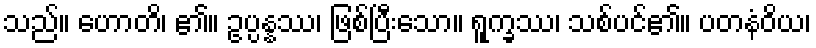
သည်။ ဟောတိ၊ ၏။ ဥပ္ပန္နဿ၊ ဖြစ်ပြီးသော။ ရူက္ခဿ၊ သစ်ပင်၏။ ပတနံဝိယ၊